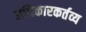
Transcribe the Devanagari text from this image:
अधिकारकर्तव्य